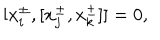
[ x _ { i } ^ { \pm } , [ x _ { j } ^ { \pm } , x _ { k } ^ { \pm } ] ] = 0 ,